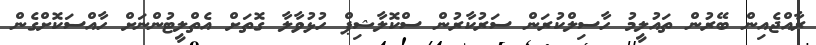
ރާއްޖެއިން ބޭރުން ތައުލީމު ހާސިލްކުރަން ސަރުކާރުން ސްކޮލާޝިޕް ހުޅުވާލާ ގޮތަށް އެތްލީޓުންނަށް ހާއްސަކޮށްގެން